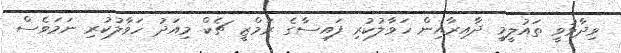
ވިދާޅުވީ ތައުލީމީ ދާއިރާއިން ހަވާލުކުރި ފައިސާގެ ރަމްޒީ ޗެކް މިއަދު ހަވާލުކުރި ނަމަވެސް